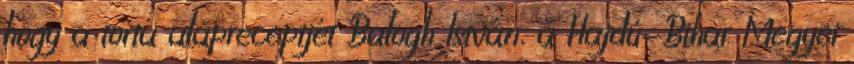
hogy a torta alapreceptjét Balogh István, a Hajdú-Bihar Megyei